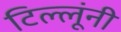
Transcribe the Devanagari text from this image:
टिल्लूंनी